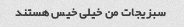
سبزیجات من خیلی خیس هستند